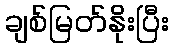
ချစ်မြတ်နိုးပြီး